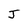
Character: J